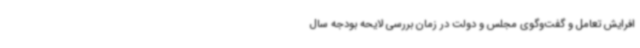
افرایش تعامل و گفت‌وگوی مجلس و دولت در زمان بررسی لایحه بودجه سال